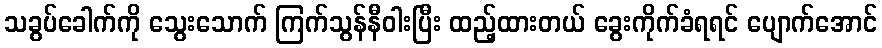
သခွပ်ခေါက်ကို သွေးသောက် ကြက်သွန်နီဝါးပြီး ထည့်ထားတယ် ခွေးကိုက်ခံရရင် ပျောက်အောင်